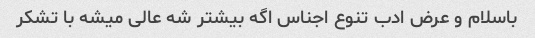
باسلام و عرض ادب تنوع اجناس اگه بیشتر شه عالی میشه با تشکر